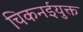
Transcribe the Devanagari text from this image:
चिकनईयुक्त